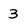
Character: 3